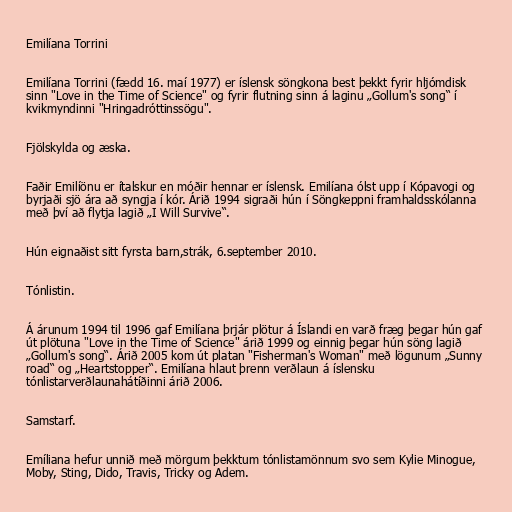
Emilíana Torrini

Emilíana Torrini (fædd 16. maí 1977) er íslensk söngkona best þekkt fyrir hljómdisk
sinn "Love in the Time of Science" og fyrir flutning sinn á laginu „Gollum's song“ í
kvikmyndinni "Hringadróttinssögu".

Fjölskylda og æska.

Faðir Emilíönu er ítalskur en móðir hennar er íslensk. Emilíana ólst upp í Kópavogi og
byrjaði sjö ára að syngja í kór. Árið 1994 sigraði hún í Söngkeppni framhaldsskólanna
með því að flytja lagið „I Will Survive“.

Hún eignaðist sitt fyrsta barn,strák, 6.september 2010.

Tónlistin.

Á árunum 1994 til 1996 gaf Emilíana þrjár plötur á Íslandi en varð fræg þegar hún gaf
út plötuna "Love in the Time of Science" árið 1999 og einnig þegar hún söng lagið
„Gollum's song“. Árið 2005 kom út platan "Fisherman's Woman" með lögunum „Sunny
road“ og „Heartstopper“. Emilíana hlaut þrenn verðlaun á íslensku
tónlistarverðlaunahátíðinni árið 2006.

Samstarf.

Emíliana hefur unnið með mörgum þekktum tónlistamönnum svo sem Kylie Minogue,
Moby, Sting, Dido, Travis, Tricky og Adem.